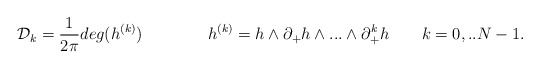
\begin{align*}{\cal D}_k = \frac{1}{2\pi} deg(h^{(k)}) \qquad\qquad h^{(k)} = h \wedge \partial_{+} h \wedge ... \wedge \partial_{+}^k h\qquad k = 0, .. N-1.\end{align*}